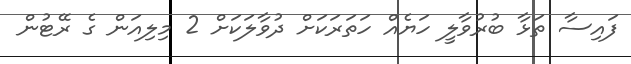
ފައިސާ ތަޅާ ބުރުވާލީ ހަޔެއް ހަތަރަކަށް ދުވާލަކަށް 2 މިލިއަން ގެ ރޭޓުން